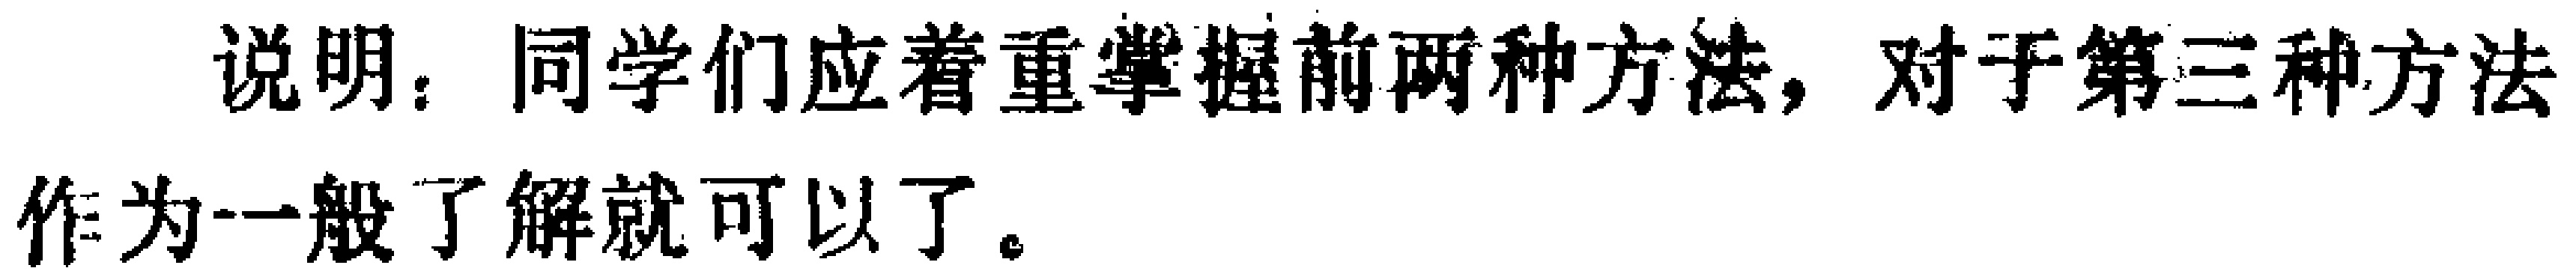
说明：同学们应着重掌握前两种方法，对于第三种方法作为一般了解就可以了。